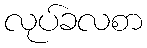
လုပ်ခလစာ